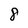
Character: 8